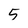
Character: 5